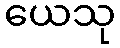
ယေသု